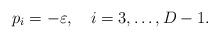
\begin{align*}p_{i}=-\varepsilon ,\quad i=3,\ldots ,D-1. \end{align*}